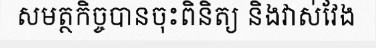
សមត្ថកិច្ចបានចុះពិនិត្យ និងវាស់វែង